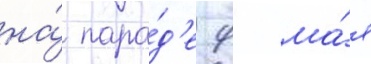
на́ пара́д'е 9 ма́я